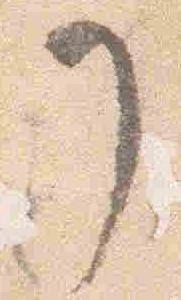
了